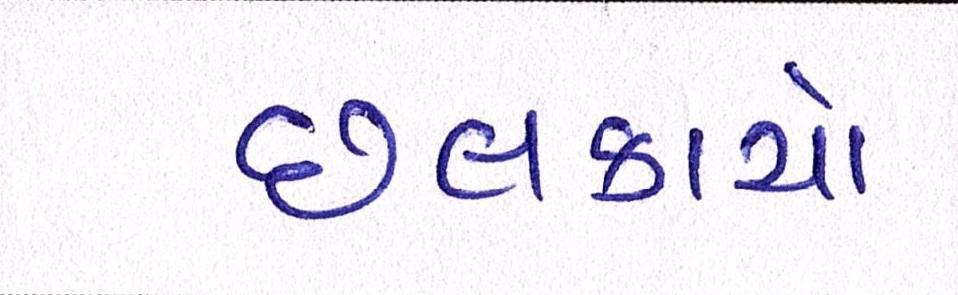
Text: છલકાયો